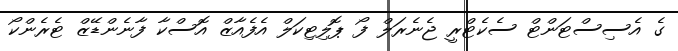
ގެ އެސިސްޓަންޓް ސެކެޓްރީ ޖެނެރަލް ފޯ ޕޮލިޓިކަލް އެފެއާޒް އޮސްކާ ފާނެންޑޭޒް ޓެރެންކޯ